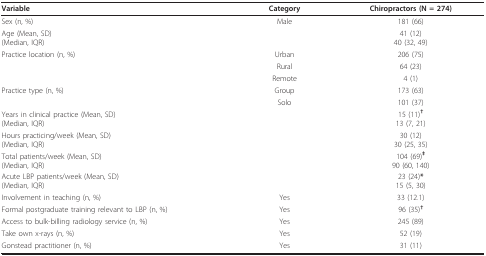
<table><thead><tr><td><b>Variable</b></td><td><b>Category</b></td><td><b>Chiropractors (N = 274)</b></td></tr></thead><tbody><tr><td>Sex (n, %)</td><td>Male</td><td>181 (66)</td></tr><tr><td>Age (Mean, SD)(Median, IQR)</td><td></td><td>41 (12)40 (32, 49)</td></tr><tr><td>Practice location (n, %)</td><td>Urban</td><td>206 (75)</td></tr><tr><td></td><td>Rural</td><td>64 (23)</td></tr><tr><td></td><td>Remote</td><td>4 (1)</td></tr><tr><td>Practice type (n, %)</td><td>Group</td><td>173 (63)</td></tr><tr><td></td><td>Solo</td><td>101 (37)</td></tr><tr><td>Years in clinical practice (Mean, SD)(Median, IQR)</td><td></td><td>15 (11)<b><sup>†</sup></b>13 (7, 21)</td></tr><tr><td>Hours practicing/week (Mean, SD)(Median, IQR)</td><td></td><td>30 (12)30 (25, 35)</td></tr><tr><td>Total patients/week (Mean, SD)(Median, IQR)</td><td></td><td>104 (69)<b><sup>‡</sup></b>90 (60, 140)</td></tr><tr><td>Acute LBP patients/week (Mean, SD)(Median, IQR)</td><td></td><td>23 (24)<b>*</b>15 (5, 30)</td></tr><tr><td>Involvement in teaching (n, %)</td><td>Yes</td><td>33 (12.1)</td></tr><tr><td>Formal postgraduate training relevant to LBP (n, %)</td><td>Yes</td><td>96 (35)<b><sup>†</sup></b></td></tr><tr><td>Access to bulk-billing radiology service (n, %)</td><td>Yes</td><td>245 (89)</td></tr><tr><td>Take own x-rays (n, %)</td><td>Yes</td><td>52 (19)</td></tr><tr><td>Gonstead practitioner (n, %)</td><td>Yes</td><td>31 (11)</td></tr></tbody></table>